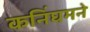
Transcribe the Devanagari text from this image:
कनिंघमने